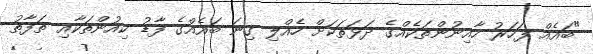
"ބައެއް ފަހަރު ހާއިނުންތަކެއްގެ ދަޅަތަކަށް ހެއްލި ގިނަ ބައެއްގެ ފާޑު ކިއުންތަކާއި ތަފާތު